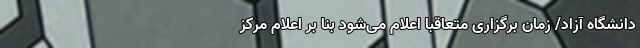
دانشگاه آزاد/ زمان برگزاری متعاقبا اعلام ‌می‌شود بنا بر اعلام مرکز